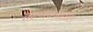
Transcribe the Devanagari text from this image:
तरुणपणातील